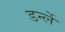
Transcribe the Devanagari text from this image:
डर्न्ले